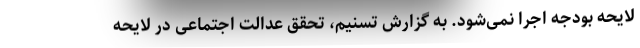
لایحه بودجه اجرا نمی‌شود. به گزارش تسنیم، تحقق عدالت اجتماعی در لایحه